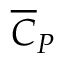
\overline { { C } } _ { P }